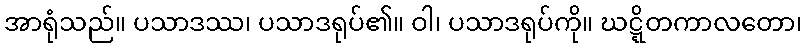
အာရုံသည်။ ပသာဒဿ၊ ပသာဒရုပ်၏။ ဝါ၊ ပသာဒရုပ်ကို။ ဃဋ္ဋိတကာလတော၊